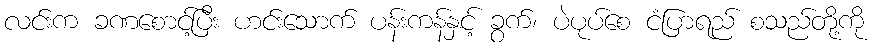
လင်းက ခဏစောင့်ပြီး ဟင်းသောက် ပန်းကန်နှင့် ခွက်၊ ပဲပုပ်စေ ငံပြာရည် စသည်တို့ကို